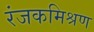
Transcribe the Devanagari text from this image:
रंजकमिश्रण